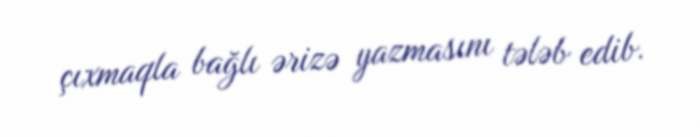
çıxmaqla bağlı ərizə yazmasını tələb edib.